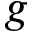
g